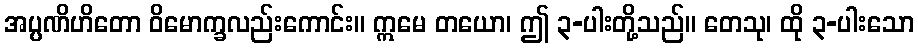
အပ္ပဏိဟိတော ဝိမောက္ခလည်းကောင်း။ ဣမေ တယော၊ ဤ ၃-ပါးတို့သည်။ တေသု၊ ထို ၃-ပါးသော